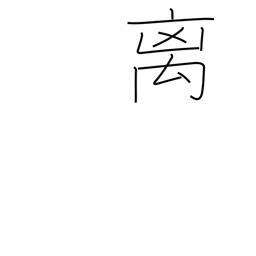
Meaning: rare beast